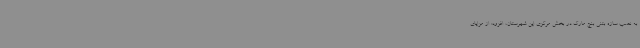
به نصب سازه بتنی بنچ مارک در بخش مرکزی این شهرستان، افزود: از مزایای